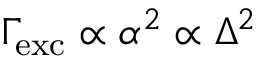
\Gamma \! _ { \mathrm { e x c } } \propto \alpha ^ { 2 } \propto \Delta ^ { 2 }